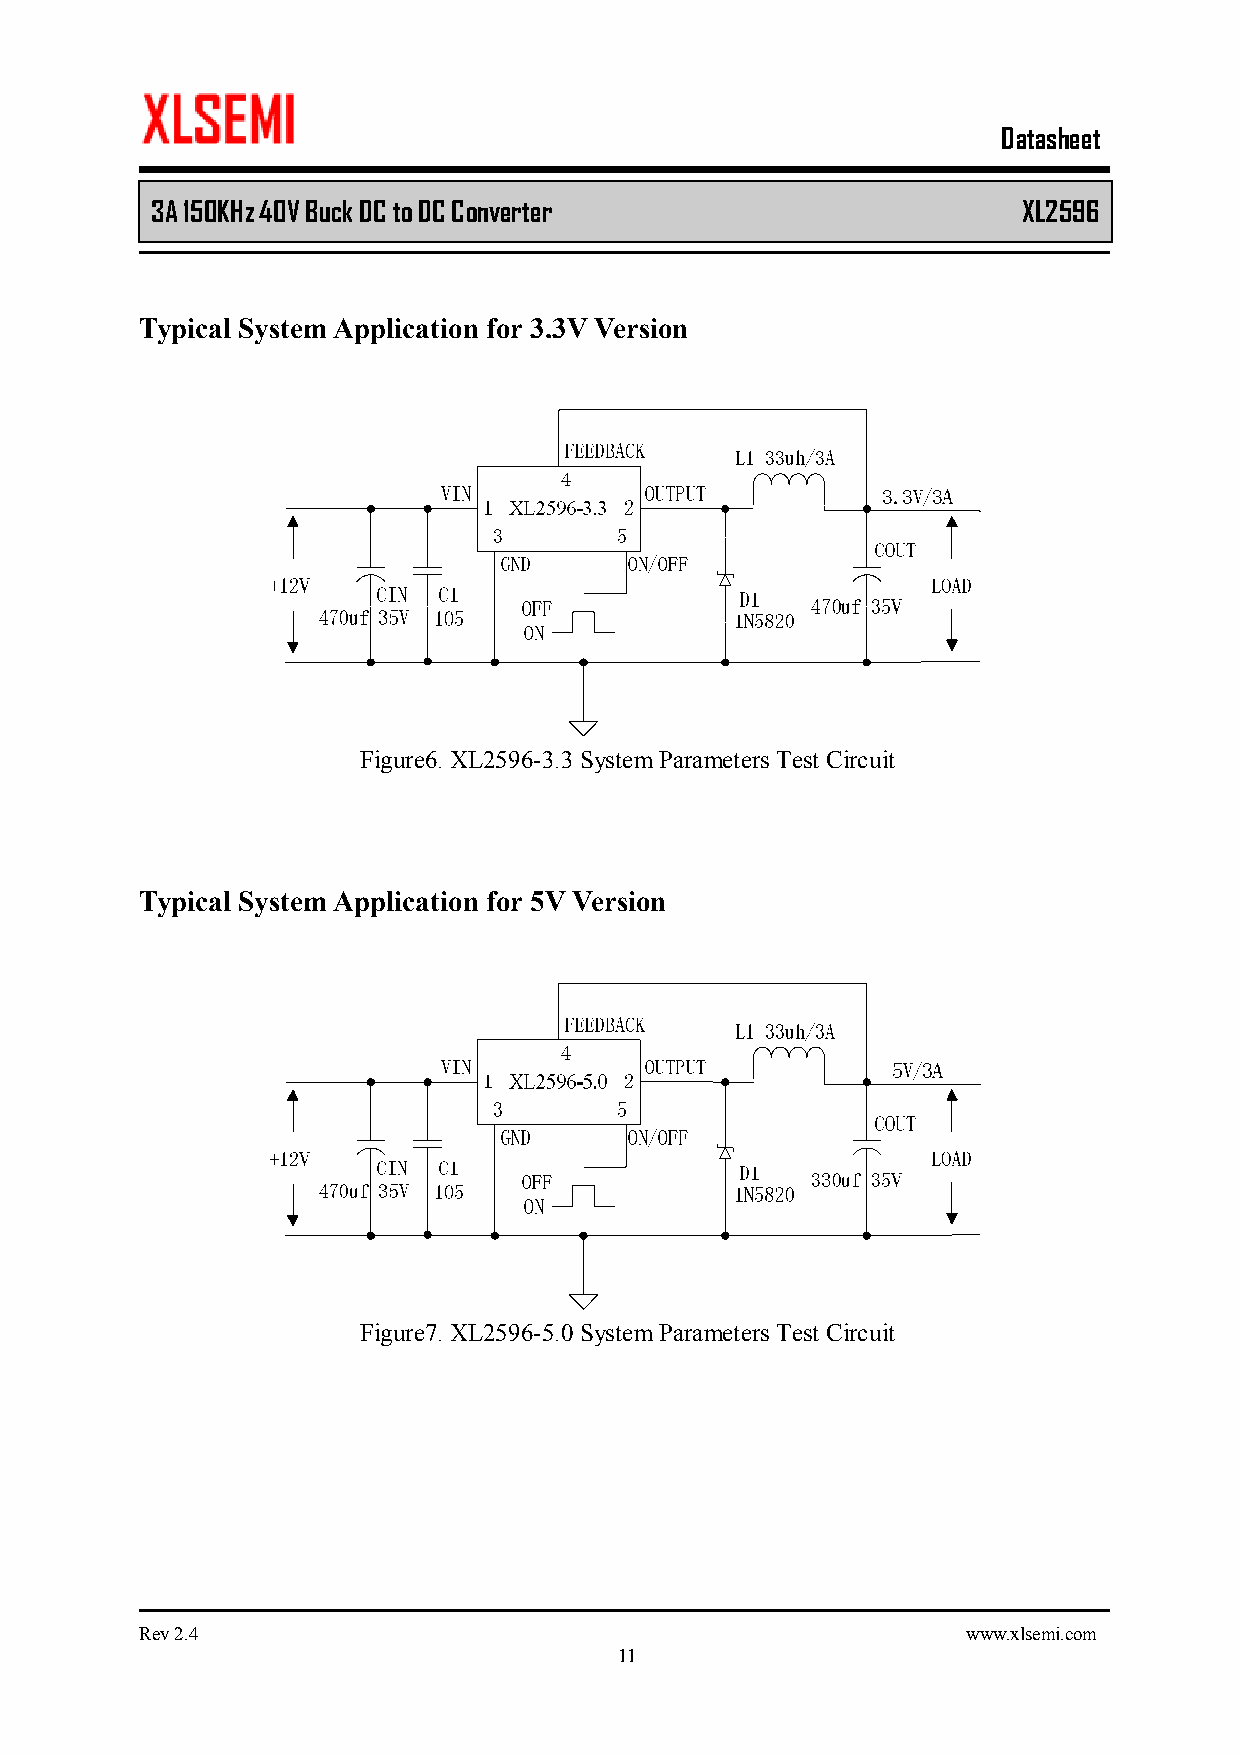
Datasheet
 3A 150KHz 40V Buck DC to DC Converter         XL2596
 Typical System Application for 3.3V Version
 Figure6. XL2596-3.3 System Parameters Test Circuit
 Typical System Application for 5V Version
 Figure7. XL2596-5.0 System Parameters Test Circuit
 Rev 2.4                                                www.xlsemi.com
 11